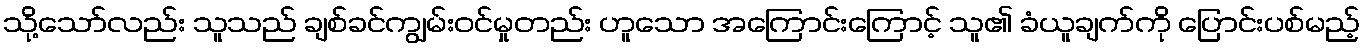
သို့သော်လည်း သူသည် ချစ်ခင်ကျွမ်းဝင်မှုတည်း ဟူသော အကြောင်းကြောင့် သူ၏ ခံယူချက်ကို ပြောင်းပစ်မည့်